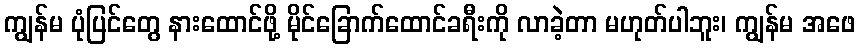
ကျွန်မ ပုံပြင်တွေ နားထောင်ဖို့ မိုင်ခြောက်ထောင်ခရီးကို လာခဲ့တာ မဟုတ်ပါဘူး၊ ကျွန်မ အဖေ